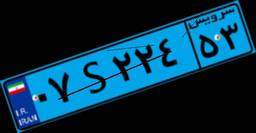
۳۹S۰۹۱۲۸